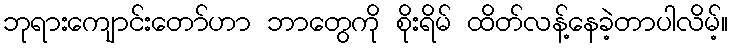
ဘုရားကျောင်းတော်ဟာ ဘာတွေကို စိုးရိမ် ထိတ်လန့်နေခဲ့တာပါလိမ့်။